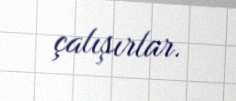
çalışırlar.